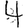
Digit: 4